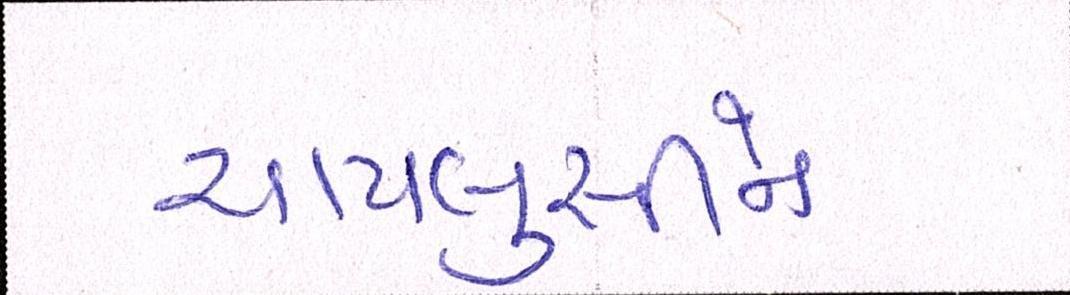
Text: ચાપલુસીને